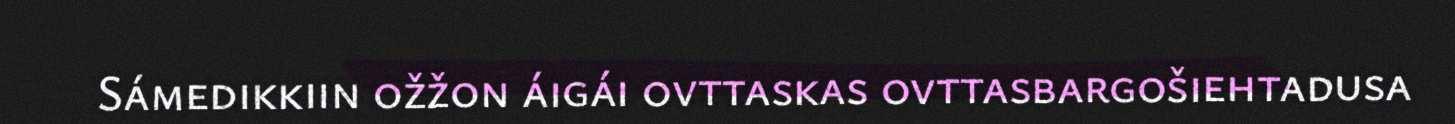
Sámedikkiin ožžon áigái ovttaskas ovttasbargošiehtadusa